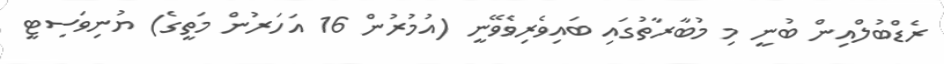
ރެޑްބުލްއިން ބުނީ މި މުބާރާތުގައި ބައިވެރިވެވޭނީ (އުމުރުން 16 އަހަރުން މަތީގެ) ޔުނިވަސިޓީ